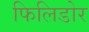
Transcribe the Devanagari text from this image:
फिलिडोर